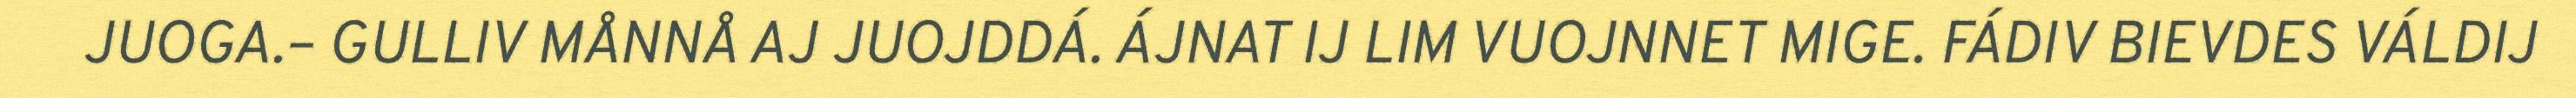
JUOGA.– GULLIV MÅNNÅ AJ JUOJDDÁ. ÁJNAT IJ LIM VUOJNNET MIGE. FÁDIV BIEVDES VÁLDIJ